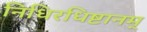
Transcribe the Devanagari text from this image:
निधिरधिष्टानम्